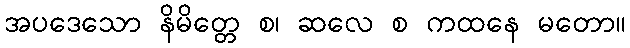
အပဒေသော နိမိတ္တေ စ၊ ဆလေ စ ကထနေ မတော။